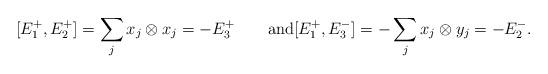
LaTeX: \begin{align*}[E_1^+,E_2^+] = \sum_jx_j\otimes x_j = -E_3^+\qquad\textup{and}[E_1^+,E_3^-] = -\sum_jx_j\otimes y_j = -E_2^-.\end{align*}